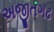
અજીતગઢ